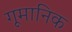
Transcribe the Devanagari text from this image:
गूमानिक